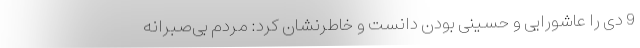
9 دی را عاشورایی و حسینی بودن دانست و خاطرنشان کرد: مردم بی‌صبرانه